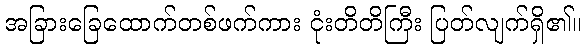
အခြားခြေထောက်တစ်ဖက်ကား ငုံးတိတိကြီး ပြတ်လျက်ရှိ၏။